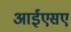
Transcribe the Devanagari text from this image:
आईएसए